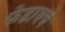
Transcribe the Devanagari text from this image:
फेडायचे